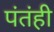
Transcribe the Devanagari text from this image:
पंतंही